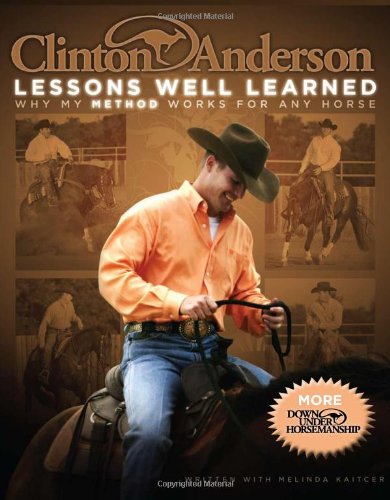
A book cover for Clinton Anderson: Lessons Well Learned: Why My Method Works for Any Horse; Clinton Anderson; Sports & Outdoors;